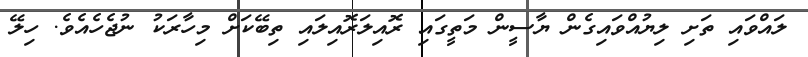
ލައްވައި ތަށި ލިޔުއްވައިގެން ޔާސީން މަތީގައި ރޮއިލަރޮއިލައި ތިބޭކަށް މިހާރަކު ނުޖެހެއެވެ. ހިލޭ